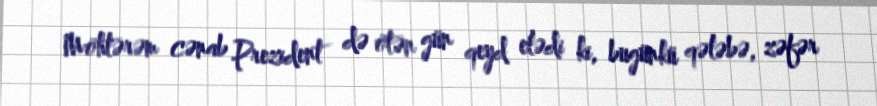
Möhtərəm cənab Prezident də ötən gün qeyd elədi ki, bugünkü qələbə, zəfər